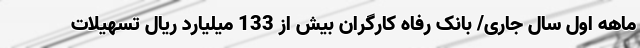
ماهه اول سال جاری/ بانک رفاه کارگران بیش از 133 میلیارد ریال تسهیلات